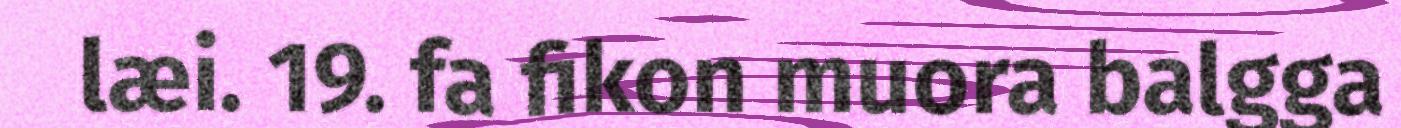
læi. 19. fa fikon muora balgga